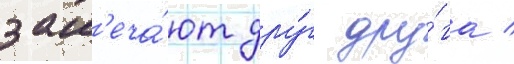
зам'еча́ют дру́г дру́га /